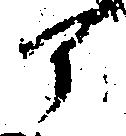
部